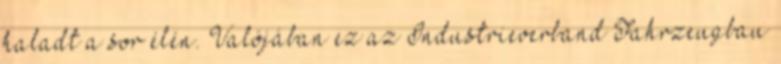
haladt a sor élén. Valójában ez az Industrieverband Fahrzeugbau